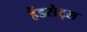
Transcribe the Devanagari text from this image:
हैंडसेट्स